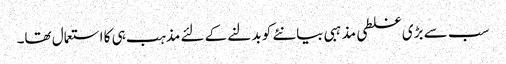
سب سے بڑی غلطی مذہبی بیانئے کو بدلنے کے لئے مذہب ہی کا استعمال تھا۔